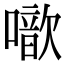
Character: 噷